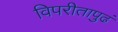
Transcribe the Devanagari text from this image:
विपरीतापुढं